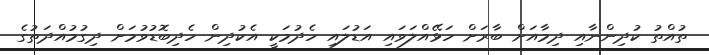
ތުއްތު ކުދިންނާއި ދިމާއަށް ބާރަށް ހަޅޭއްލަވައި އަޑުލައި ހެދުމަކީ އެކުދިން ހެދިބޮޑުވުމަށް ދިގުމުއްދަތުގެ